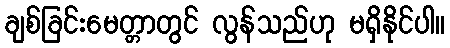
ချစ်ခြင်းမေတ္တာတွင် လွန်သည်ဟု မရှိနိုင်ပါ။